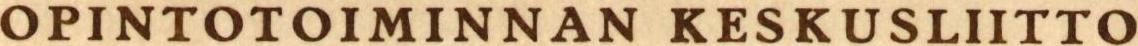
OPINTOTOIMINNAN KESKUSLIITTO